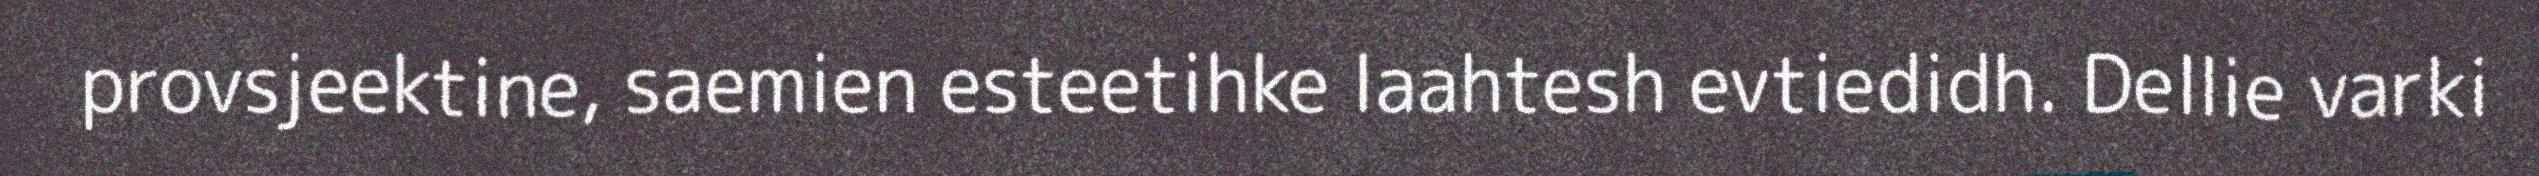
provsjeektine, saemien esteetihke laahtesh evtiedidh. Dellie varki